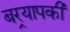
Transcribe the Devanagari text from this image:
बर्‍यापकी